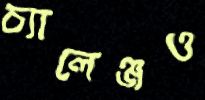
চ্যালেঞ্জও